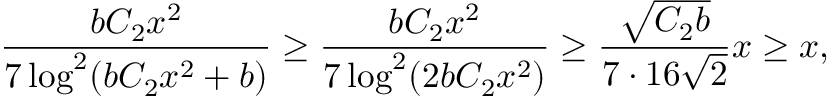
\frac { b C _ { 2 } x ^ { 2 } } { 7 \log ^ { 2 } ( b C _ { 2 } x ^ { 2 } + b ) } \geq \frac { b C _ { 2 } x ^ { 2 } } { 7 \log ^ { 2 } ( 2 b C _ { 2 } x ^ { 2 } ) } \geq \frac { \sqrt { C _ { 2 } b } } { 7 \cdot 1 6 \sqrt { 2 } } x \geq x ,